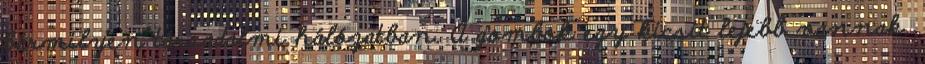
bármilyen társadalmi hálózatban. A gombok egy kicsit lejebb vannak.